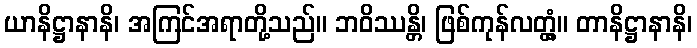
ယာနိဋ္ဌာနာနိ၊ အကြင်အရာတို့သည်။ ဘဝိဿန္တိ၊ ဖြစ်ကုန်လတ္တံ့။ တာနိဋ္ဌာနာနိ၊